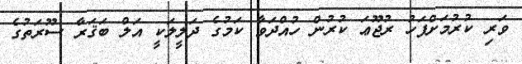
ވަރި ކުރުމަށްފަހު ރުޖޫޢަ ކުރުން ހުއްދަވާ ކަމުގެ ދަލީލަކީ އަލް ބަޤަރާ ސޫރަތުގެ